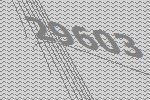
29603